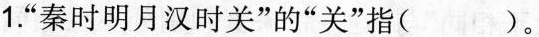
1.”秦时明月汉时关”的”关”指( )。